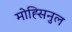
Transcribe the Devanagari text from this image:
मोह्सिनुल